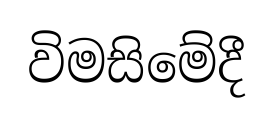
විමසිමේදී